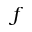
f